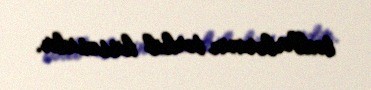
tədbirlərinin tərkib hissəsidir.